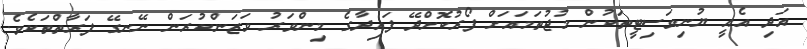
އަދި އެއީ ޔުނިވަސިޓީތަކުން މުޖުތަމައަށް ފޯރުކޮށްދޭ ފައިދާގެ މިންވަރު ވަޒަންކުރަން ނޭނގޭ ފަރާތްތަކެވެ.